Eesti_Vabariigi_Tartu_Ulikool, lk 69
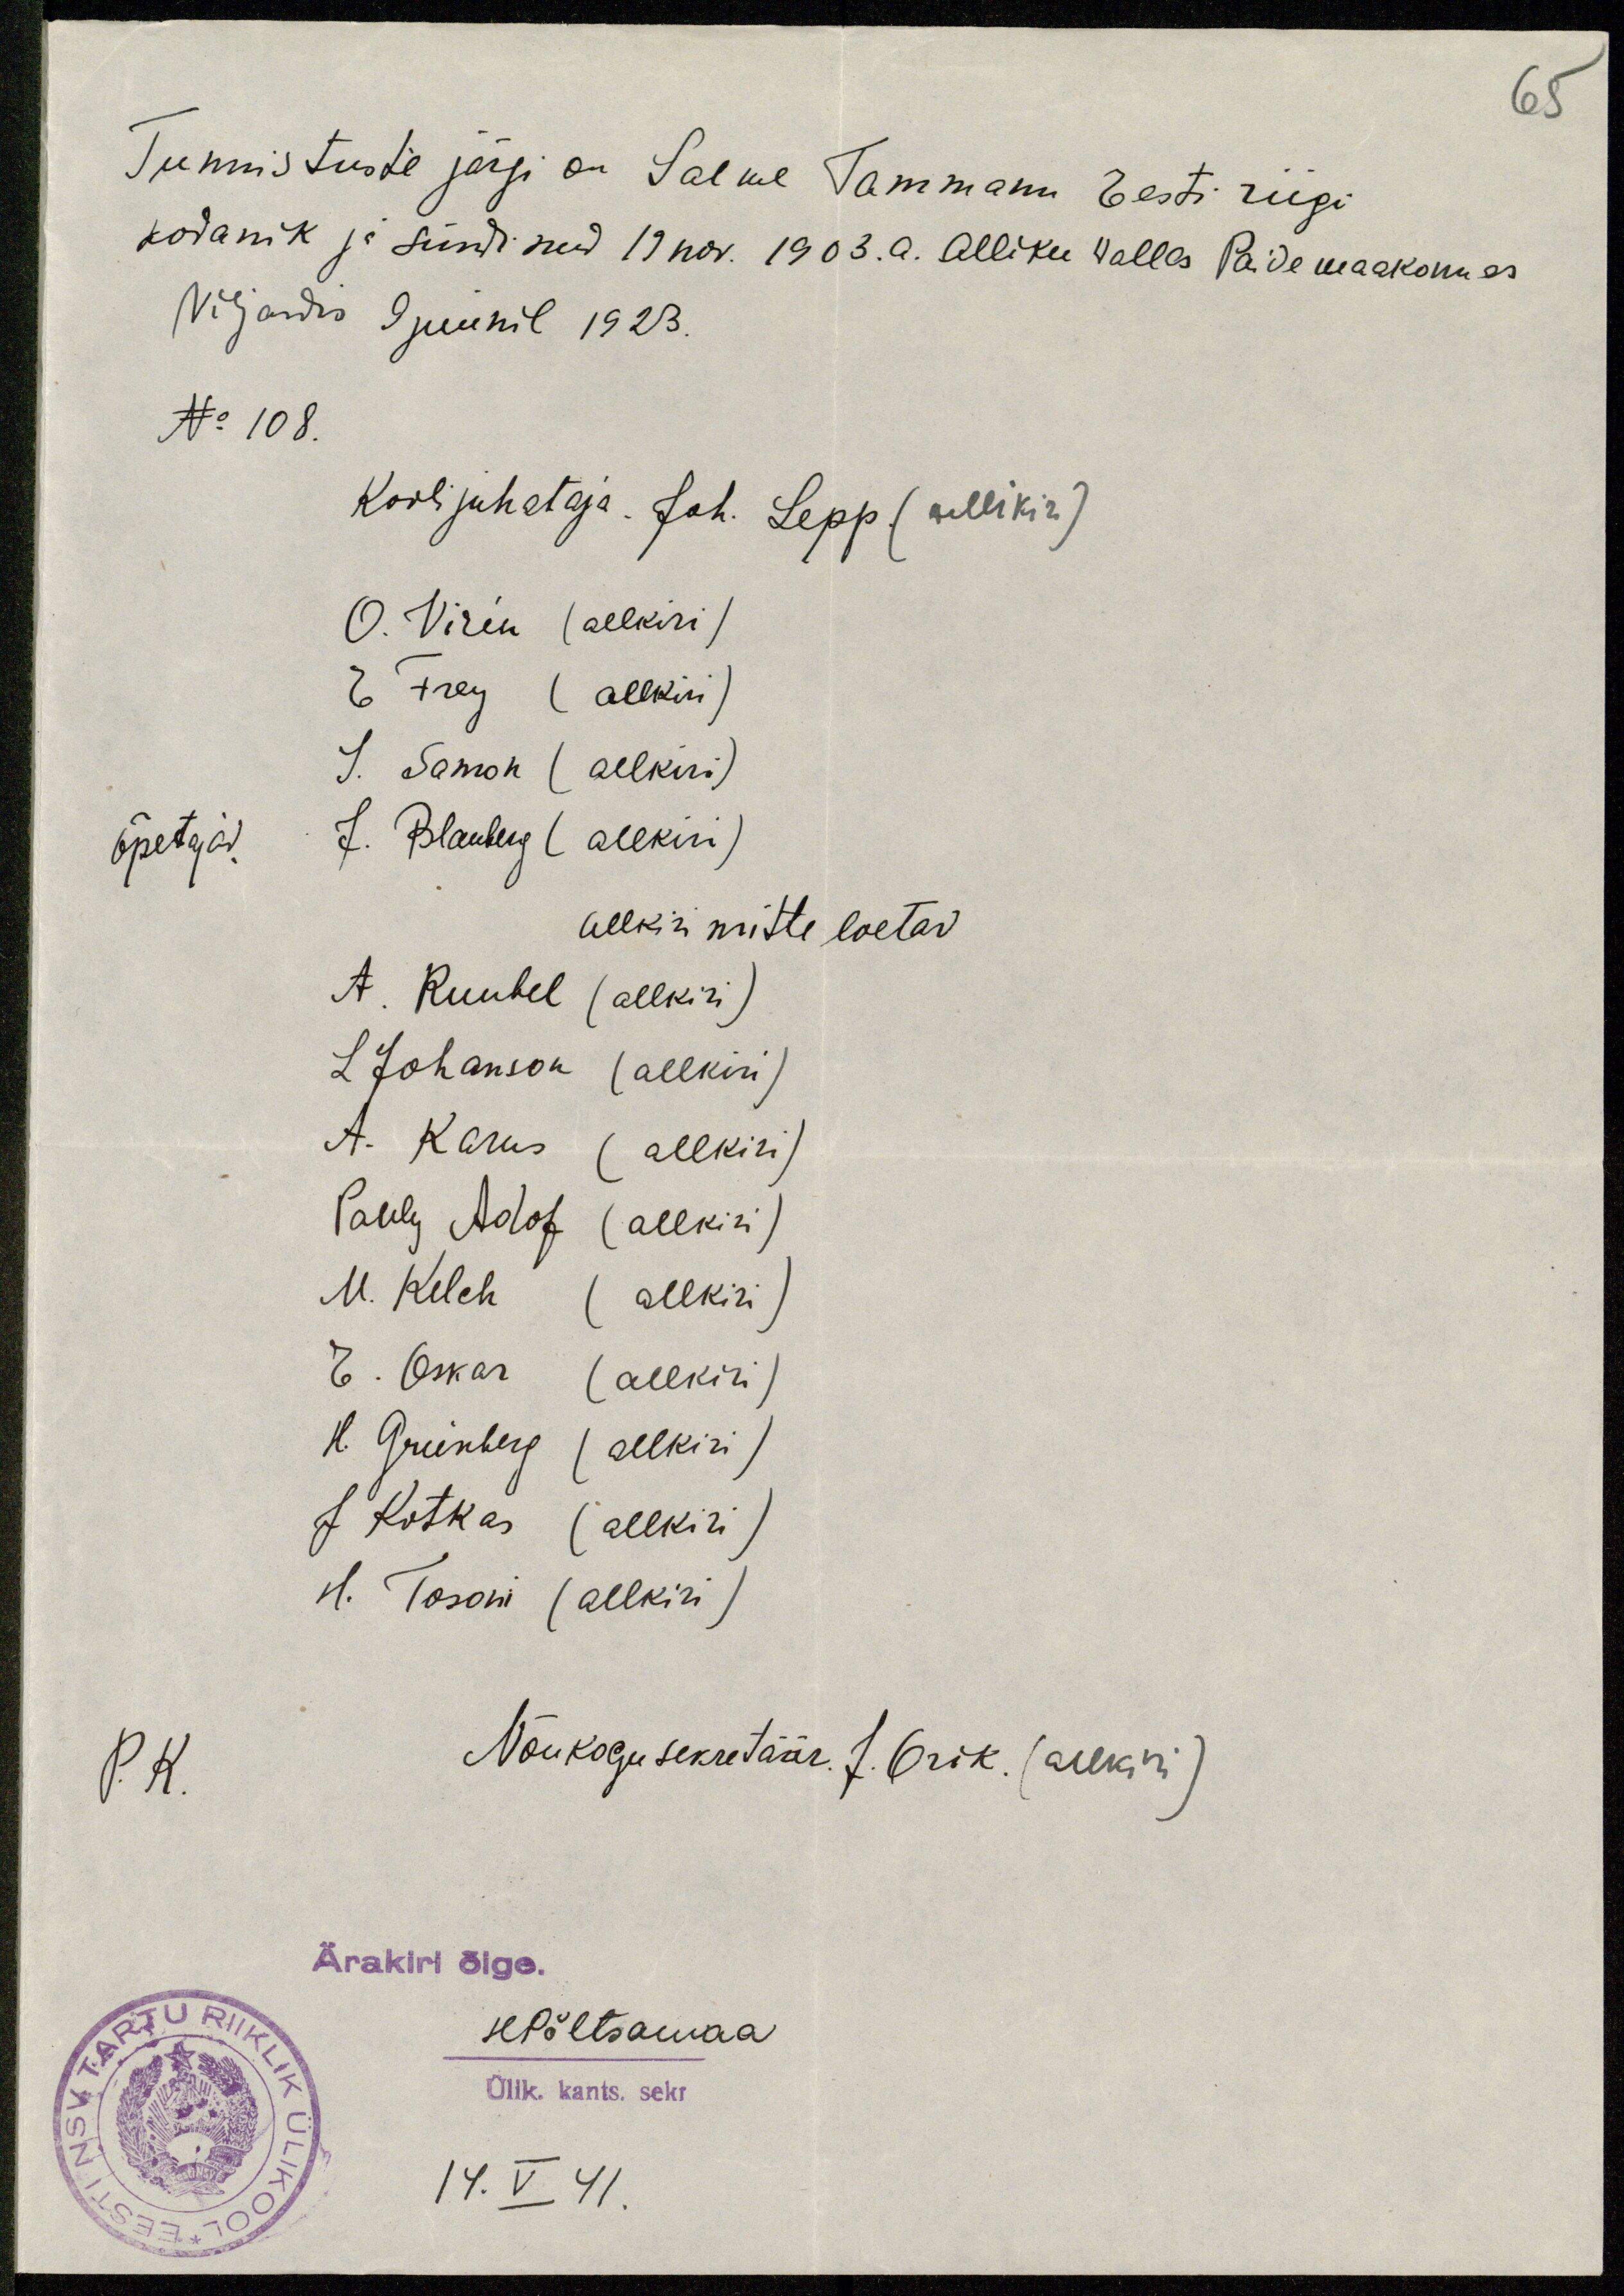
65
Tunnistuste järgi on Salme Tammann Eesti riigi
kodanik ja sündinud 19 nov. 1903. a. Alliku wallas Paide maakonnas
Viljandis 9 juunil 1923.
No 108.
Kooli juhetaja. Joh. Lepp (allikiri)
O. Virin (allkiri)
E Frey (allkiri)
S. Samon (allkiri)
Õpetajad: J. Blauberg (allkiri)
allkiri mitte loetav.
A. Ruubel (allkiri)
L Johanson (allkiri)
A. Karus (allkiri)
Pauly Adof (allkiri)
M. Kelch (allkiri)
E. Oskar (allkiri)
H. Grünberg (allkiri)
J Kotkas (allkiri)
H. Tosoni (allkiri)
P.K.
Nõukogu sekretäär. J. Orik. (allkiri)
Ärakiri õige.
H Põltsamaa
Ülik. kants. sekr
14. V 41.